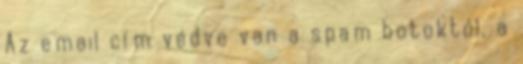
Az email cím védve van a spam botoktól, a